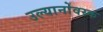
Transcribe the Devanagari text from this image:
उल्यानोवस्क